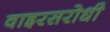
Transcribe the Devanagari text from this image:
वाइरसरोधी